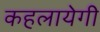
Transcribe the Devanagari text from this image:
कहलायेगी